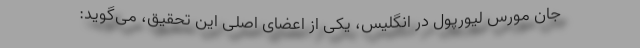
جان مورس لیورپول در انگلیس، یکی از اعضای اصلی این تحقیق، می‌گوید: